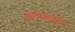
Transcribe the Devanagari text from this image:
संग्लन